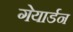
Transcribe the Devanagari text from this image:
गेयार्डन